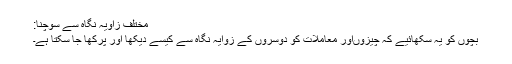
مختلف زاویہ نگاہ سے سوچنا:
بچوں کو یہ سکھائیے کہ چیزوںاور معاملات کو دوسروں کے زوایہ نگاہ سے کیسے دیکھا اور پرکھا جا سکتا ہے۔